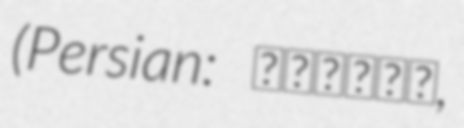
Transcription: (Persian: هلوكله,